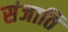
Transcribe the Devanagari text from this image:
संजाति